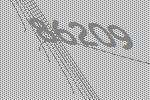
86209